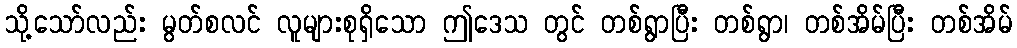
သို့သော်လည်း မွတ်စလင် လူများစုရှိသော ဤဒေသ တွင် တစ်ရွာပြီး တစ်ရွာ၊ တစ်အိမ်ပြီး တစ်အိမ်